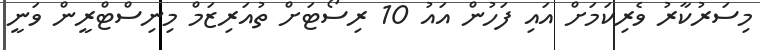
މިސަރުކާރު ވެރިކަމަށް އައި ފަހުން އައު 10 ރިސޯޓަށް ތުއަރިޒަމް މިނިސްޓްރީން ވަނީ